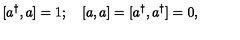
\lbrack a ^ { \dagger } , a ] = 1 ; \quad \left[ a , a \right] = [ a ^ { \dagger } , a ^ { \dagger } ] = 0 ,